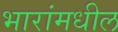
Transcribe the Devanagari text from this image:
भारांमधील